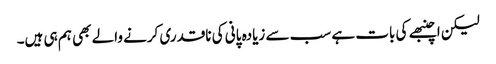
لیکن اچنبھے کی بات ہے سب سے زیادہ پانی کی ناقدری کرنے والے بھی ہم ہی ہیں۔